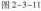
图2-3-11